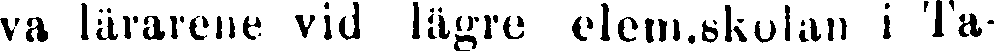
va lärarene vid lägre elem.skolan i Ta-